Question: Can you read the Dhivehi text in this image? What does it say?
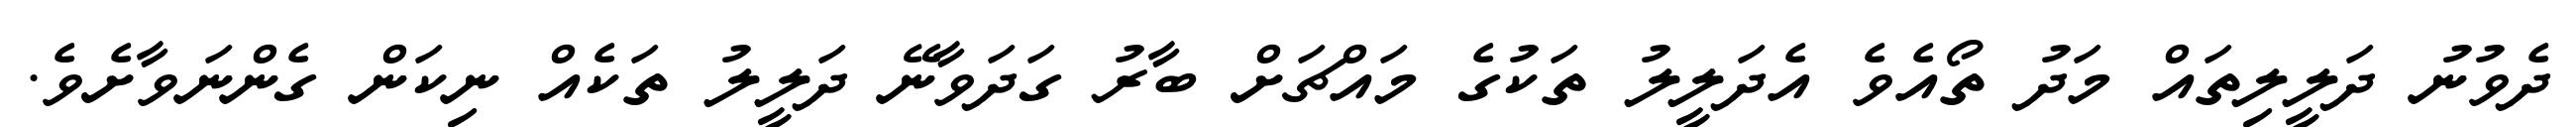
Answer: ދެވުނު ދަލީލިތައް މަދު ތޯއެވެ އެދަލީލު ތަކުގެ މައްޗަށް ބާރު ގަދަވާނޭ ދަލީލު ތަކެއް ނިކަން ގެންނަވާށެވެ.